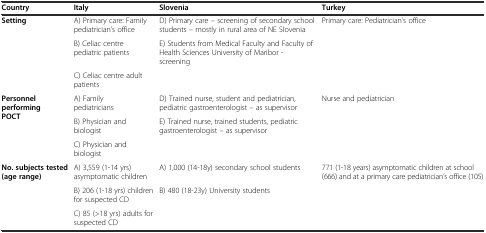
<table><thead><tr><td><b>Country</b></td><td><b>Italy</b></td><td><b>Slovenia</b></td><td><b>Turkey</b></td></tr></thead><tbody><tr><td rowspan="3"><b>Setting</b></td><td>A) Primary care: Family pediatrician’s office</td><td>D) Primary care – screening of secondary school students – mostly in rural area of NE Slovenia</td><td rowspan="3">Primary care: Pediatrician’s office</td></tr><tr><td>B) Celiac centre pediatric patients</td><td>E) Students from Medical Faculty and Faculty of Health Sciences University of Maribor - screening</td></tr><tr><td>C) Celiac centre adult patients</td><td></td></tr><tr><td rowspan="3"><b>Personnel performing POCT</b></td><td>A) Family pediatricians</td><td>D) Trained nurse, student and pediatrician, pediatric gastroenterologist – as supervisor</td><td rowspan="3">Nurse and pediatrician</td></tr><tr><td>B) Physician and biologist</td><td>E) Trained nurse, trained students, pediatric gastroenterologist – as supervisor</td></tr><tr><td>C) Physician and biologist</td><td></td></tr><tr><td rowspan="3"><b>No. subjects tested (age range)</b></td><td>A) 3,559 (1-14 yrs) asymptomatic children</td><td>A) 1,000 (14-18y) secondary school students</td><td rowspan="3">771 (1-18 years) asymptomatic children at school (666) and at a primary care pediatrician’s office (105)</td></tr><tr><td>B) 206 (1-18 yrs) children for suspected CD</td><td>B) 480 (18-23y) University students</td></tr><tr><td>C) 85 (&gt;18 yrs) adults for suspected CD</td><td></td></tr></tbody></table>